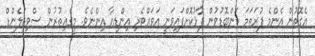
އެގޮތުން އެންމެ ފުރަތަމަ ކަންބޮޑުވުން ފާޅުކޮށްފައިވަނީ އަވައްޓެރި އިންޑިއާ އިންނެވެ. މީގެއިތުރުން ސްވިޒަލެންޑް